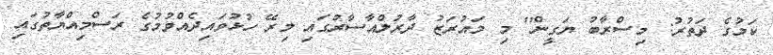
ކަމުގެ ދަތުރު: މިސްރާބު ޔަގީން'' މި މައުރަޒު ދާރުލްއާސާރުގައި މިރޭ ހުޅުވައިދެއްވުމުގެ ރަސްމިއްޔާތުގައި